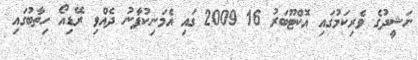
ނަޝީދުގެ ވެރިކަމުގައި އޮކްޓޫބަރު 16 2009 ގައި އެމަނިކުފާނު ދެއްވި ރޭޑިއޯ ހިތާބުގައި